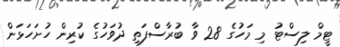
ޓީމް ލިސްޓު މި މަހުގެ 28 ވާ ބުރާސްފަތި ދުވަހުގެ ކުރިން ހުށަހަޅަން